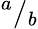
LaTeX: {}^{a}/{}_{b}